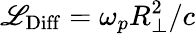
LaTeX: \mathscr{L}_{\mathrm{{Diff}}}=\omega_{p}R_{\perp}^{2}/c